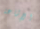
الإشاعة